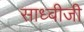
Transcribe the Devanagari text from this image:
साध्वीजी